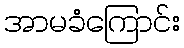
အာမခံကြောင်း